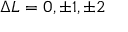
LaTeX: \Delta L = 0 , \pm 1 , \pm 2